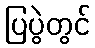
ပြပွဲတွင်